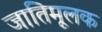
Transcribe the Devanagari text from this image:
जातिमूलक